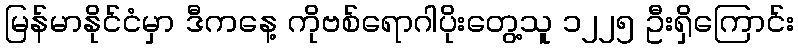
မြန်မာနိုင်ငံမှာ ဒီကနေ့ ကိုဗစ်ရောဂါပိုးတွေ့သူ ၁၂၂၅ ဦးရှိကြောင်း